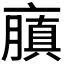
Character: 𠆍